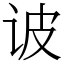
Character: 诐